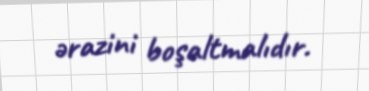
ərazini boşaltmalıdır.